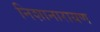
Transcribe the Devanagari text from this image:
निशानारायण